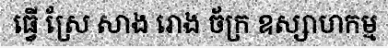
ធ្វើ ស្រែ សាង រោង ច័ក្រ ឧស្សាហកម្ម